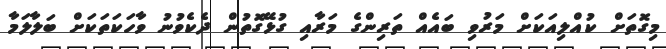
މިގޮތަށް ކުއްލިއަކަށް މަރުވި ބައެއް ތަރިންގެ މަރާއި ގުޅޭގޮތުން ދެކެވުނު ވާހަކަތަކަށް ބަލާލަމާ